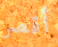
أقصر